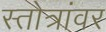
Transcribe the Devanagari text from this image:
स्तोत्रांवर